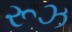
રૂઝ